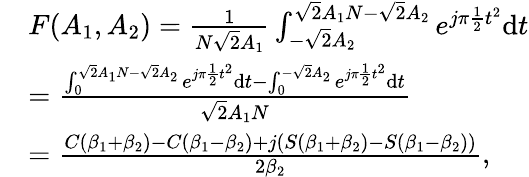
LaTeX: \begin{array}{rl}&{F(A_{1},A_{2})=\frac{1}{N\sqrt{2}A_{1}}\int_{-\sqrt{2}A_{2}}^{\sqrt{2}A_{1}N-\sqrt{2}A_{2}}e^{j\pi\frac{1}{2}t^{2}}\mathrm{d}t}\\ &{=\frac{\int_{0}^{\sqrt{2}A_{1}N-\sqrt{2}A_{2}}e^{j\pi\frac{1}{2}t^{2}}\mathrm{d}t-\int_{0}^{-\sqrt{2}A_{2}}e^{j\pi\frac{1}{2}t^{2}}\mathrm{d}t}{\sqrt{2}A_{1}N}}\\ &{=\frac{C(\beta_{1}+\beta_{2})-C(\beta_{1}-\beta_{2})+j\left(S(\beta_{1}+\beta_{2})-S(\beta_{1}-\beta_{2})\right)}{2\beta_{2}},}\end{array}